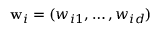
\mathbf { w } _ { i } = ( w _ { i 1 } , \dots , w _ { i d } )